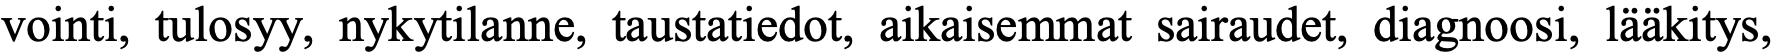
vointi, tulosyy, nykytilanne, taustatiedot, aikaisemmat sairaudet, diagnoosi, lääkitys,